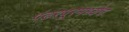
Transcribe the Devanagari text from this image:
पंढरपूरमध्येच